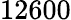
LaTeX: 12600